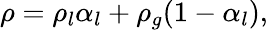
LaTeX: \rho=\rho_{l}\alpha_{l}+\rho_{g}(1-\alpha_{l}),